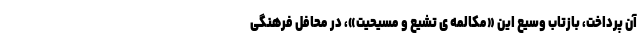
آن پرداخت، بازتاب وسیع این «مکالمه ی تشیع و مسیحیت»، در محافل فرهنگی